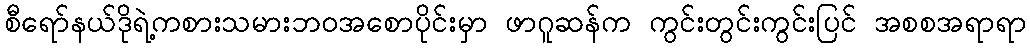
စီရော်နယ်ဒိုရဲ့ကစားသမားဘဝအစောပိုင်းမှာ ဖာဂူဆန်က ကွင်းတွင်းကွင်းပြင် အစစအရာရာ